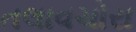
તલાવચોરા